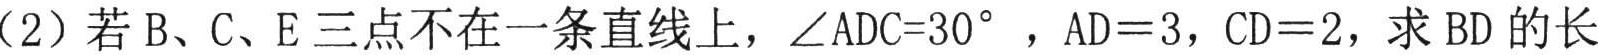
（2）若 B、C、E 三点不在一条直线上，\(\angle ADC = 30^{\circ}\)，\(AD = 3\)，\(CD = 2\)，求 \(BD\) 的长